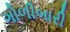
ગોળીબારી